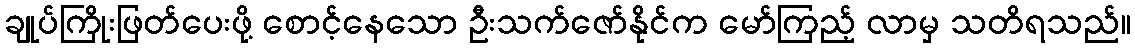
ချုပ်ကြိုးဖြတ်ပေးဖို့ စောင့်နေသော ဦးသက်ဇော်နိုင်က မော်ကြည့် လာမှ သတိရသည်။